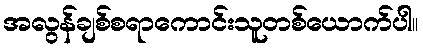
အလွန်ချစ်စရာကောင်းသူတစ်ယောက်ပါ။